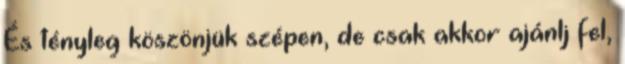
És tényleg köszönjük szépen, de csak akkor ajánlj fel,